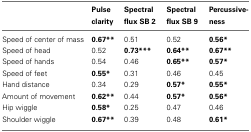
<table><thead><tr><td></td><td><b>Pulse clarity</b></td><td><b>Spectral flux SB 2</b></td><td><b>Spectral flux SB 9</b></td><td><b>Percussiveness</b></td></tr></thead><tbody><tr><td>Speed of center of mass</td><td><b>0.67**</b></td><td>0.51</td><td>0.52</td><td><b>0.56*</b></td></tr><tr><td>Speed of head</td><td>0.52</td><td><b>0.73***</b></td><td><b>0.64**</b></td><td><b>0.67**</b></td></tr><tr><td>Speed of hands</td><td>0.54</td><td>0.46</td><td><b>0.65**</b></td><td><b>0.57*</b></td></tr><tr><td>Speed of feet</td><td><b>0.55*</b></td><td>0.31</td><td>0.46</td><td>0.45</td></tr><tr><td>Hand distance</td><td>0.34</td><td>0.29</td><td><b>0.57*</b></td><td><b>0.55*</b></td></tr><tr><td>Amount of movement</td><td><b>0.62**</b></td><td>0.44</td><td><b>0.57*</b></td><td><b>0.56*</b></td></tr><tr><td>Hip wiggle</td><td><b>0.58*</b></td><td>0.25</td><td>0.47</td><td>0.46</td></tr><tr><td>Shoulder wiggle</td><td><b>0.67**</b></td><td>0.39</td><td>0.48</td><td><b>0.61*</b></td></tr></tbody></table>